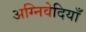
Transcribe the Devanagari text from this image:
अग्निवेदियाँ